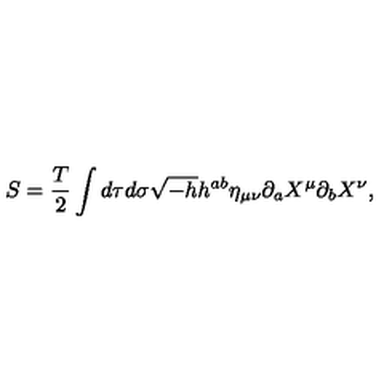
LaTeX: S = \frac { T } { 2 } \int d \tau d \sigma \sqrt { - h } h ^ { a b } \eta _ { \mu \nu } \partial _ { a } X ^ { \mu } \partial _ { b } X ^ { \nu } ,